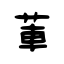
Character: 莗